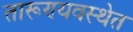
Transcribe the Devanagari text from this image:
तारूण्यवस्थेत